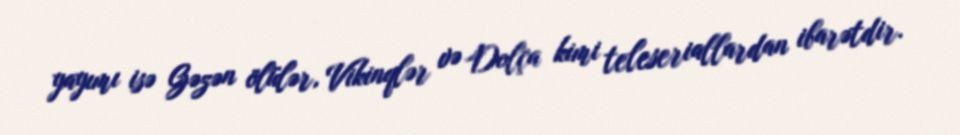
yayımı isə Gəzən ölülər, Vikinqlər və Dolça kimi teleseriallardan ibarətdir.